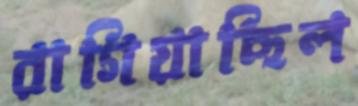
রাগিয়াছিল